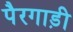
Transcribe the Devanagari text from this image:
पैरगाड़ी